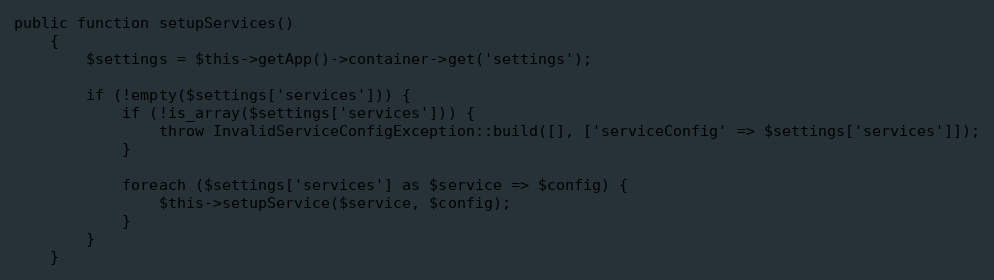
Language: PHP
public function setupServices()
    {
        $settings = $this->getApp()->container->get('settings');

        if (!empty($settings['services'])) {
            if (!is_array($settings['services'])) {
                throw InvalidServiceConfigException::build([], ['serviceConfig' => $settings['services']]);
            }

            foreach ($settings['services'] as $service => $config) {
                $this->setupService($service, $config);
            }
        }
    }